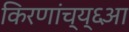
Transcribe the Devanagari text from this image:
किरणांच्य्६आ